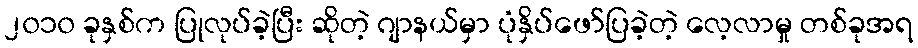
၂၀၁၀ ခုနှစ်က ပြုလုပ်ခဲ့ပြီး ဆိုတဲ့ ဂျာနယ်မှာ ပုံနှိပ်ဖော်ပြခဲ့တဲ့ လေ့လာမှု တစ်ခုအရ